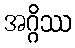
အဂ္ဂိဿ